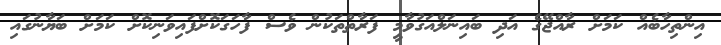
އިންތިހާބެއް ކަމަށް ރާއްޖޭގެ އަދި ބައިނަލްއަގުވާމީ ފަރާތްތަކުން ވެސް ފާހަގަކޮށްފައިވަނިކޮށް ކަމަށް ބަޔާނުގައި